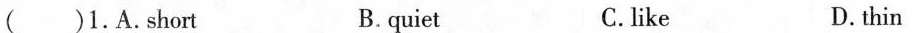
( )1.A.Short B.quiet C.like D.thin